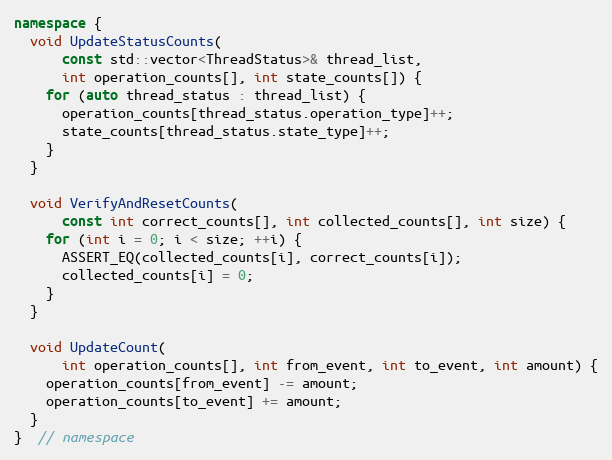
Language: C++
namespace {
  void UpdateStatusCounts(
      const std::vector<ThreadStatus>& thread_list,
      int operation_counts[], int state_counts[]) {
    for (auto thread_status : thread_list) {
      operation_counts[thread_status.operation_type]++;
      state_counts[thread_status.state_type]++;
    }
  }

  void VerifyAndResetCounts(
      const int correct_counts[], int collected_counts[], int size) {
    for (int i = 0; i < size; ++i) {
      ASSERT_EQ(collected_counts[i], correct_counts[i]);
      collected_counts[i] = 0;
    }
  }

  void UpdateCount(
      int operation_counts[], int from_event, int to_event, int amount) {
    operation_counts[from_event] -= amount;
    operation_counts[to_event] += amount;
  }
}  // namespace